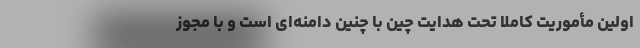
اولین مأموریت کاملاً تحت هدایت چین با چنین دامنه‌ای است و با مجوز